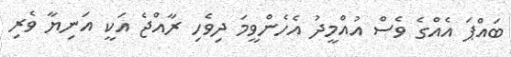
ބައްޕަ އެއްގެ ވެސް އުއްމީދު އެހެންވީމަ ދިވެހި ރާއްޖެ އަކީ އަނިޔާ ވެރި